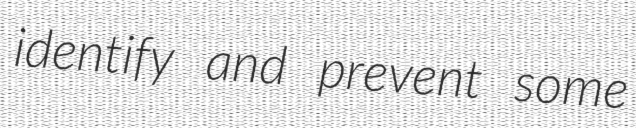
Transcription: identify and prevent some